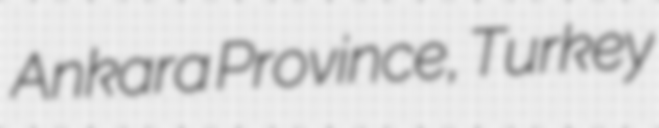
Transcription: Ankara Province, Turkey